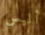
أليس